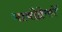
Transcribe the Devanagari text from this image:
भावोद्रेकों